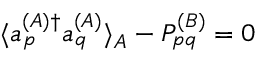
\begin{array} { r } { \langle a _ { p } ^ { ( A ) \dagger } a _ { q } ^ { ( A ) } \rangle _ { A } - P _ { p q } ^ { ( B ) } = 0 } \end{array}